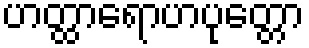
ဟတ္ထာရောဟပုတ္တော